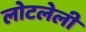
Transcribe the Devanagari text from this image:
लोटलेली